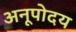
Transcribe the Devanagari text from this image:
अनूपोदय